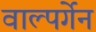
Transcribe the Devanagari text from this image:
वाल्पर्गेन